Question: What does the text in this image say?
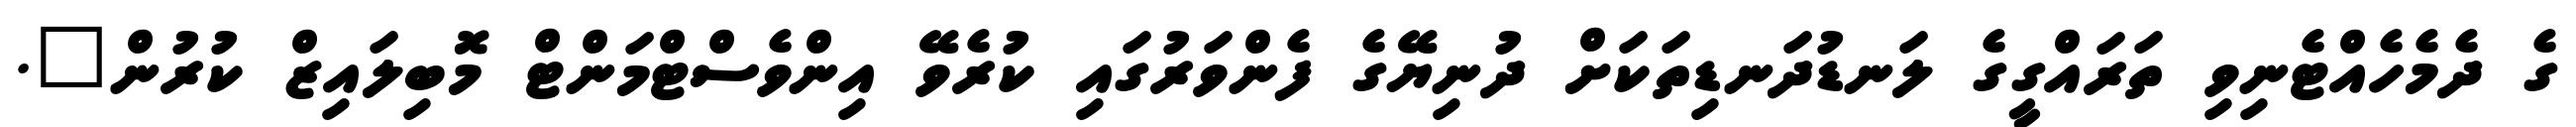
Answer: ގެ ދެމެހެއްޓެނިވި ތަރައްގީގެ ލަނޑުދަނޑިތަކަށް ދުނިޔޭގެ ފެންވަރުގައި ކުރެވޭ އިންވެސްޓްމަންޓް މޮބިލައިޒް ކުރުން".